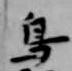
鳥